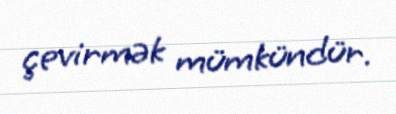
çevirmək mümkündür.